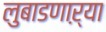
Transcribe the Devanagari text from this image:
लुबाडणाऱ्या